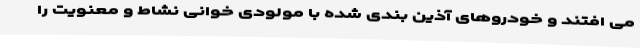
می افتند و خودروهای آذین بندی شده با مولودی خوانی نشاط و معنویت را